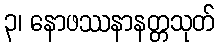
၃၊ နောဖဿနာနတ္တသုတ်